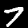
Digit: 7